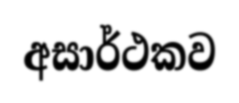
අසාර්ථකව